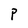
Character: P